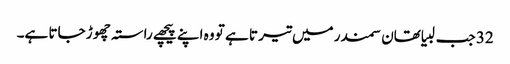
32 جب لبیا تھان سمندر میں تیر تا ہے تو وہ اپنے پیچھے راستہ چھو ڑ جاتا ہے۔